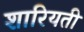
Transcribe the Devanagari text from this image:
शारियती